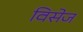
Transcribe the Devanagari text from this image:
विसेज